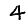
Digit: 4